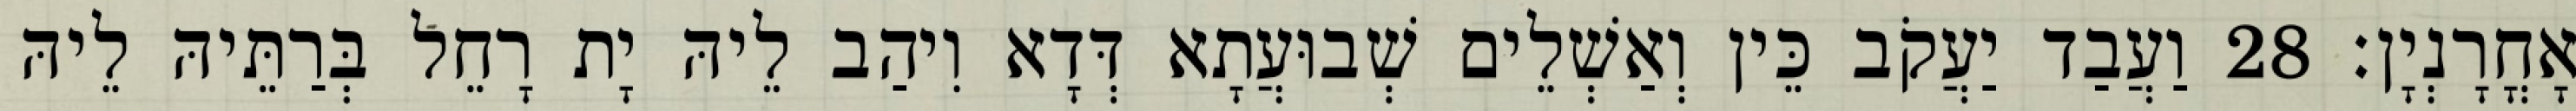
אָחֳרָנְיָן׃ 28 וַעֲבַד יַעֲקֹב כֵּין וְאַשְׁלֵים שְׁבוּעֲתָא דְּדָא וִיהַב לֵיהּ יָת רָחֵל בְּרַתֵּיהּ לֵיהּ